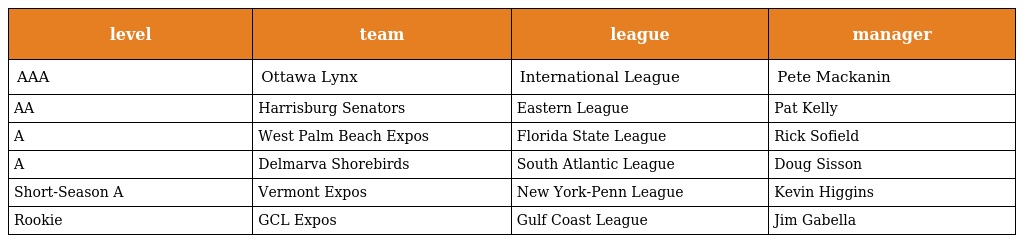
| level | team | league | manager |
 | --- | --- | --- | --- |
 | AAA | Ottawa Lynx | International League | Pete Mackanin |
 | AA | Harrisburg Senators | Eastern League | Pat Kelly |
 | A | West Palm Beach Expos | Florida State League | Rick Sofield |
 | A | Delmarva Shorebirds | South Atlantic League | Doug Sisson |
 | Short-Season A | Vermont Expos | New York-Penn League | Kevin Higgins |
 | Rookie | GCL Expos | Gulf Coast League | Jim Gabella |